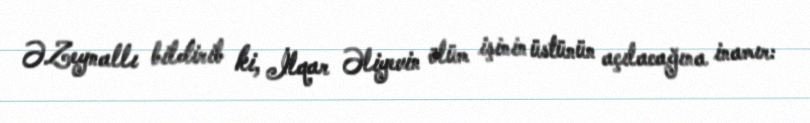
Ə.Zeynallı bildirib ki, İlqar Əliyevin ölüm işinin üstünün açılacağına inamır: